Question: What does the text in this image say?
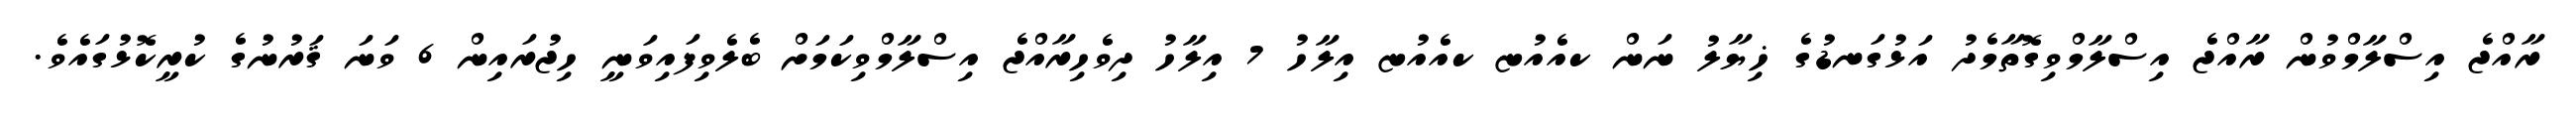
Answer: ރާއްޖެ އިސްލާމްވުން ރާއްޖެ އިސްލާމްވިގޮތާމެދު އަޅުގަނޑުގެ ޚިޔާލު ނަން ކއެއުޏ ކއެއުޏ އިލާހު 7 އިލާހު ދިވެހިރާއްޖެ އިސްލާމްވިކަމަށް ބެލެވިފައިވަނީ ހިޖުރައިން 6 ވަނަ ޤަރުނުގެ ކުރީކޮޅުގައެވެ.